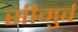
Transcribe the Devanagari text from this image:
सीमुर्व